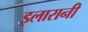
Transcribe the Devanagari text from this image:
इलारानी